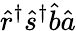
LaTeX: \hat{r}^{\dagger}\hat{s}^{\dagger}\hat{b}\hat{a}